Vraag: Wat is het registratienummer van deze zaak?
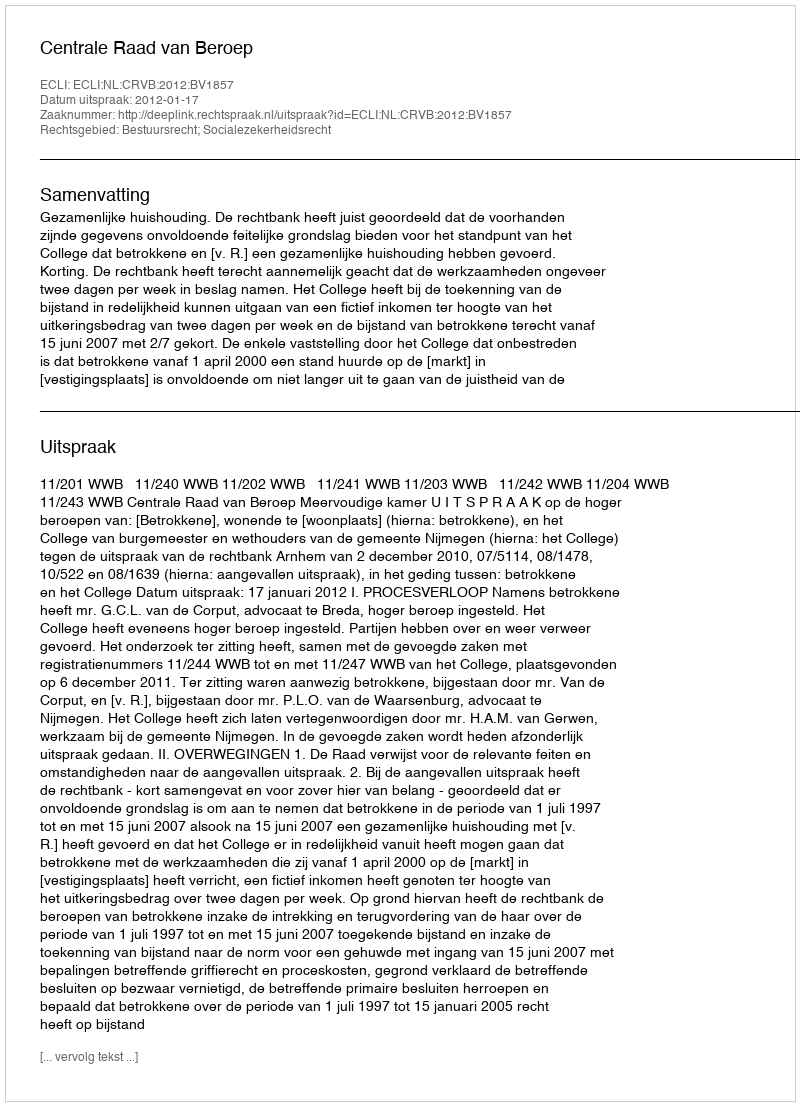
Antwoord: http://deeplink.rechtspraak.nl/uitspraak?id=ECLI:NL:CRVB:2012:BV1857